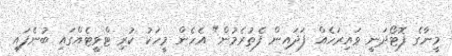
މީނާގެ ފޮޓޯދަނީ ވައިރަހެއް ފަދައިން ފެތުރެމުން" އެހެން މީހަކު ކުރި ޓްވީޓެއްގައި ބުނެފައި